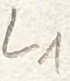
Text: L1